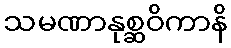
သမဏာနုစ္ဆဝိကာနိ